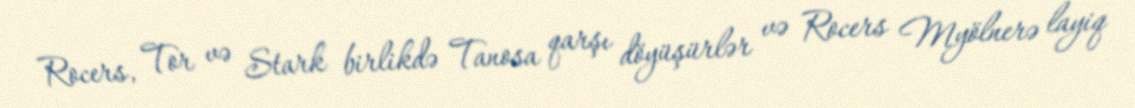
Rocers, Tor və Stark birlikdə Tanosa qarşı döyüşürlər və Rocers Myölnerə layiq